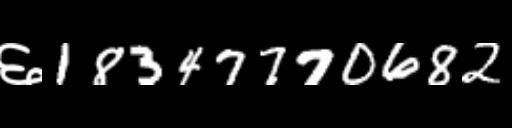
Text: ६18347770682